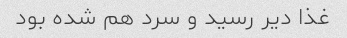
غذا دیر رسید و سرد هم شده بود